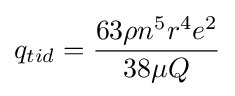
q_{tid}={\frac {63\rho n^{5}r^{4}e^{2}}{38\mu Q}}